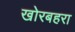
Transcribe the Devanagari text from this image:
खोरबहरा